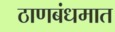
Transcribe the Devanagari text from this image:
ठाणबंधमात